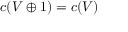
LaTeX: c ( V \oplus 1 ) = c ( V )